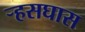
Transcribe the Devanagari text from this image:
र्‍हसघास